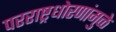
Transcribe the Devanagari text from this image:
परराष्ट्रधोरणांमुळे